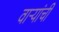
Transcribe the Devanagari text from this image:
वार्‍यांची